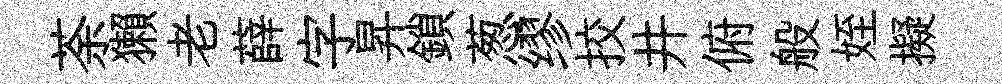
荼獺老薛字昇鎖葱缪挍井俯般姪擬